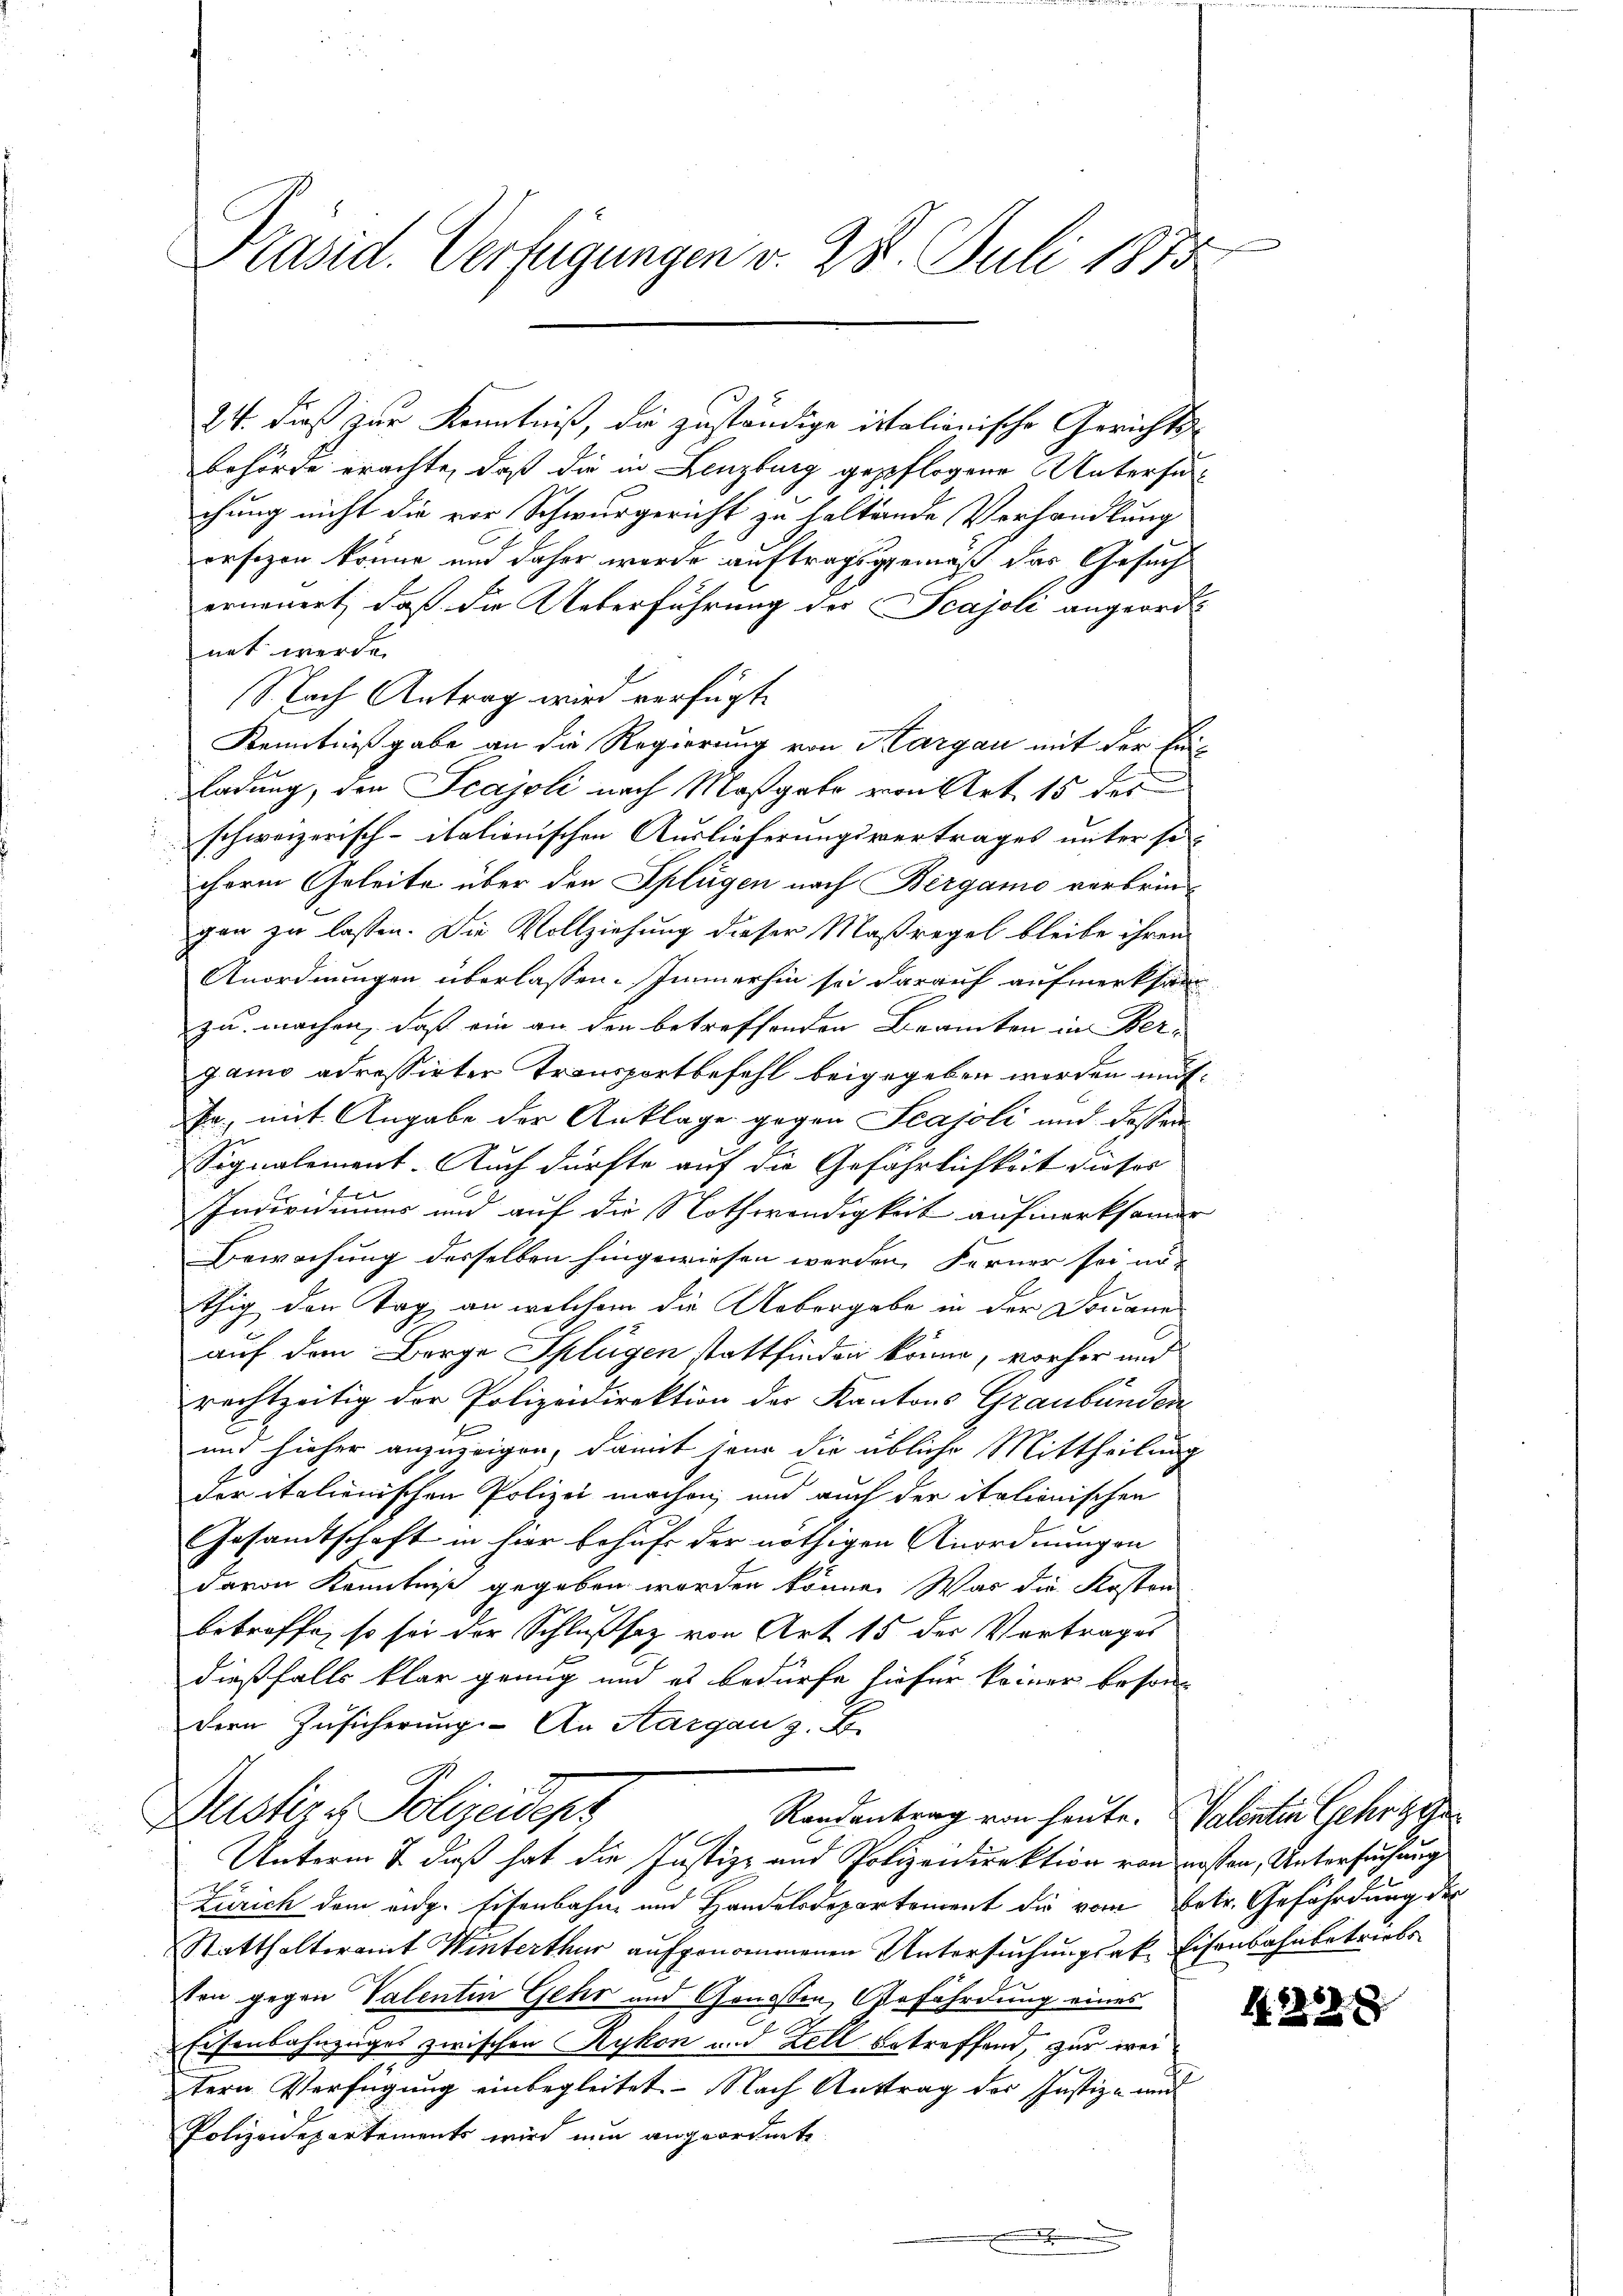
.
Präsid. Verfügungen v. 28. Juli 1815.

24. dieß zur Kenntniß, die zuständige italionische Gerichtsbehörde erachte, daß die in Lenzburg gepflogene Untersuchung nicht die vor Schwurgericht zu haltende Verhandlung
ersezen könne und daher werde auftragsgemäß das Gesuch
erneuert, daß die Ueberführung der Scajoli angeordnet werde.
Sfach Antrag wird verfügte
Kenntnißgabe an die Regierung von Kargau mit der Einladung, den Scajoli nach Maßgabe von Art. 15 des
schweizerisch-itationischen Auslieferungsvertrages unter so-
chere Geleite über den Splügen nach Bergamo verbringen zu lassen. Die Vollziehung dieser Maßregel bleibe ihren
Anordnungen überlassen. Immerhin sei darauf aufmerksam
zu machen, daß ein an den betreffenden Beamten in Ber-
ganno adressirter Transportbefehl beigegeben werden mut-
Fa., mit Angabe der Anklage gegen Scajoli und dassen
Signalement. Auch dürfte auf die Gefährlichkeit dieses
Individuums und auf die Nothwendigkeit aufmerksamde
Bewachung desselben hingewiesen werden. Ferner sei nö-
thig den Tag an welchem die Uebergabe in der Douane
auf dem Berge Splügen stattfinden könne, vorher und
rechtzeitig der Polizeidirektion der Kantons Graubünden
.
und hieher anzuzeigen, damit jene die übliche Mittheilung
der italienischen Polizei machen, und auch der italionischen
Gesandtschaft in hier behufs der nöthigen Anordnungen
davon Kenntniß gegeben worden könne. Was die Kosten
betroffe, so sei der Schlußsaz von Art 15 der Vortrages
dießfalls klar genug und es bedürfe hiefür keiner beson
dern Zusicherung. An Aargau z. B.
Dustiz & Polizeidep
Randantrag von heute. Valentin Gehrgele
Unterm & daß hat die Justiz- und Polizeidirektion von Kosten, Untersuchung
Zürich dem eidg. Eisenbahn und Handelsdepartement die vom Betr. Gefährdung des
Statthalteramt Winterthur aufgenommenen Untersuchungsak. Eisenbahnbetriebs
Ven gegen Valenten Gehr und Genossen, Gefährdung eines
Eisenbahnzuges zwischen Rykon und Zell betreffend, zur weitern Verfügung einbegleitet. Nach Auftrag des Justiz- und
Polizeidepartements wird nun angeordnete

A.28